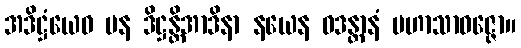
အဒိဋ္ဌံယေဝ ပန ဒိဋ္ဌန္တိအာဒိနာ နယေန ဝဒန္တာနံ မဟာသာဝဇ္ဇော။